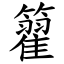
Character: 籊